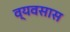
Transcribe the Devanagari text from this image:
व्यवसास